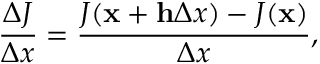
\frac { \Delta J } { \Delta x } = \frac { J ( \mathbf x + \mathbf h \Delta x ) - J ( \mathbf x ) } { \Delta x } ,